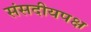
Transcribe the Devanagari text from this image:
संसदीयपक्ष